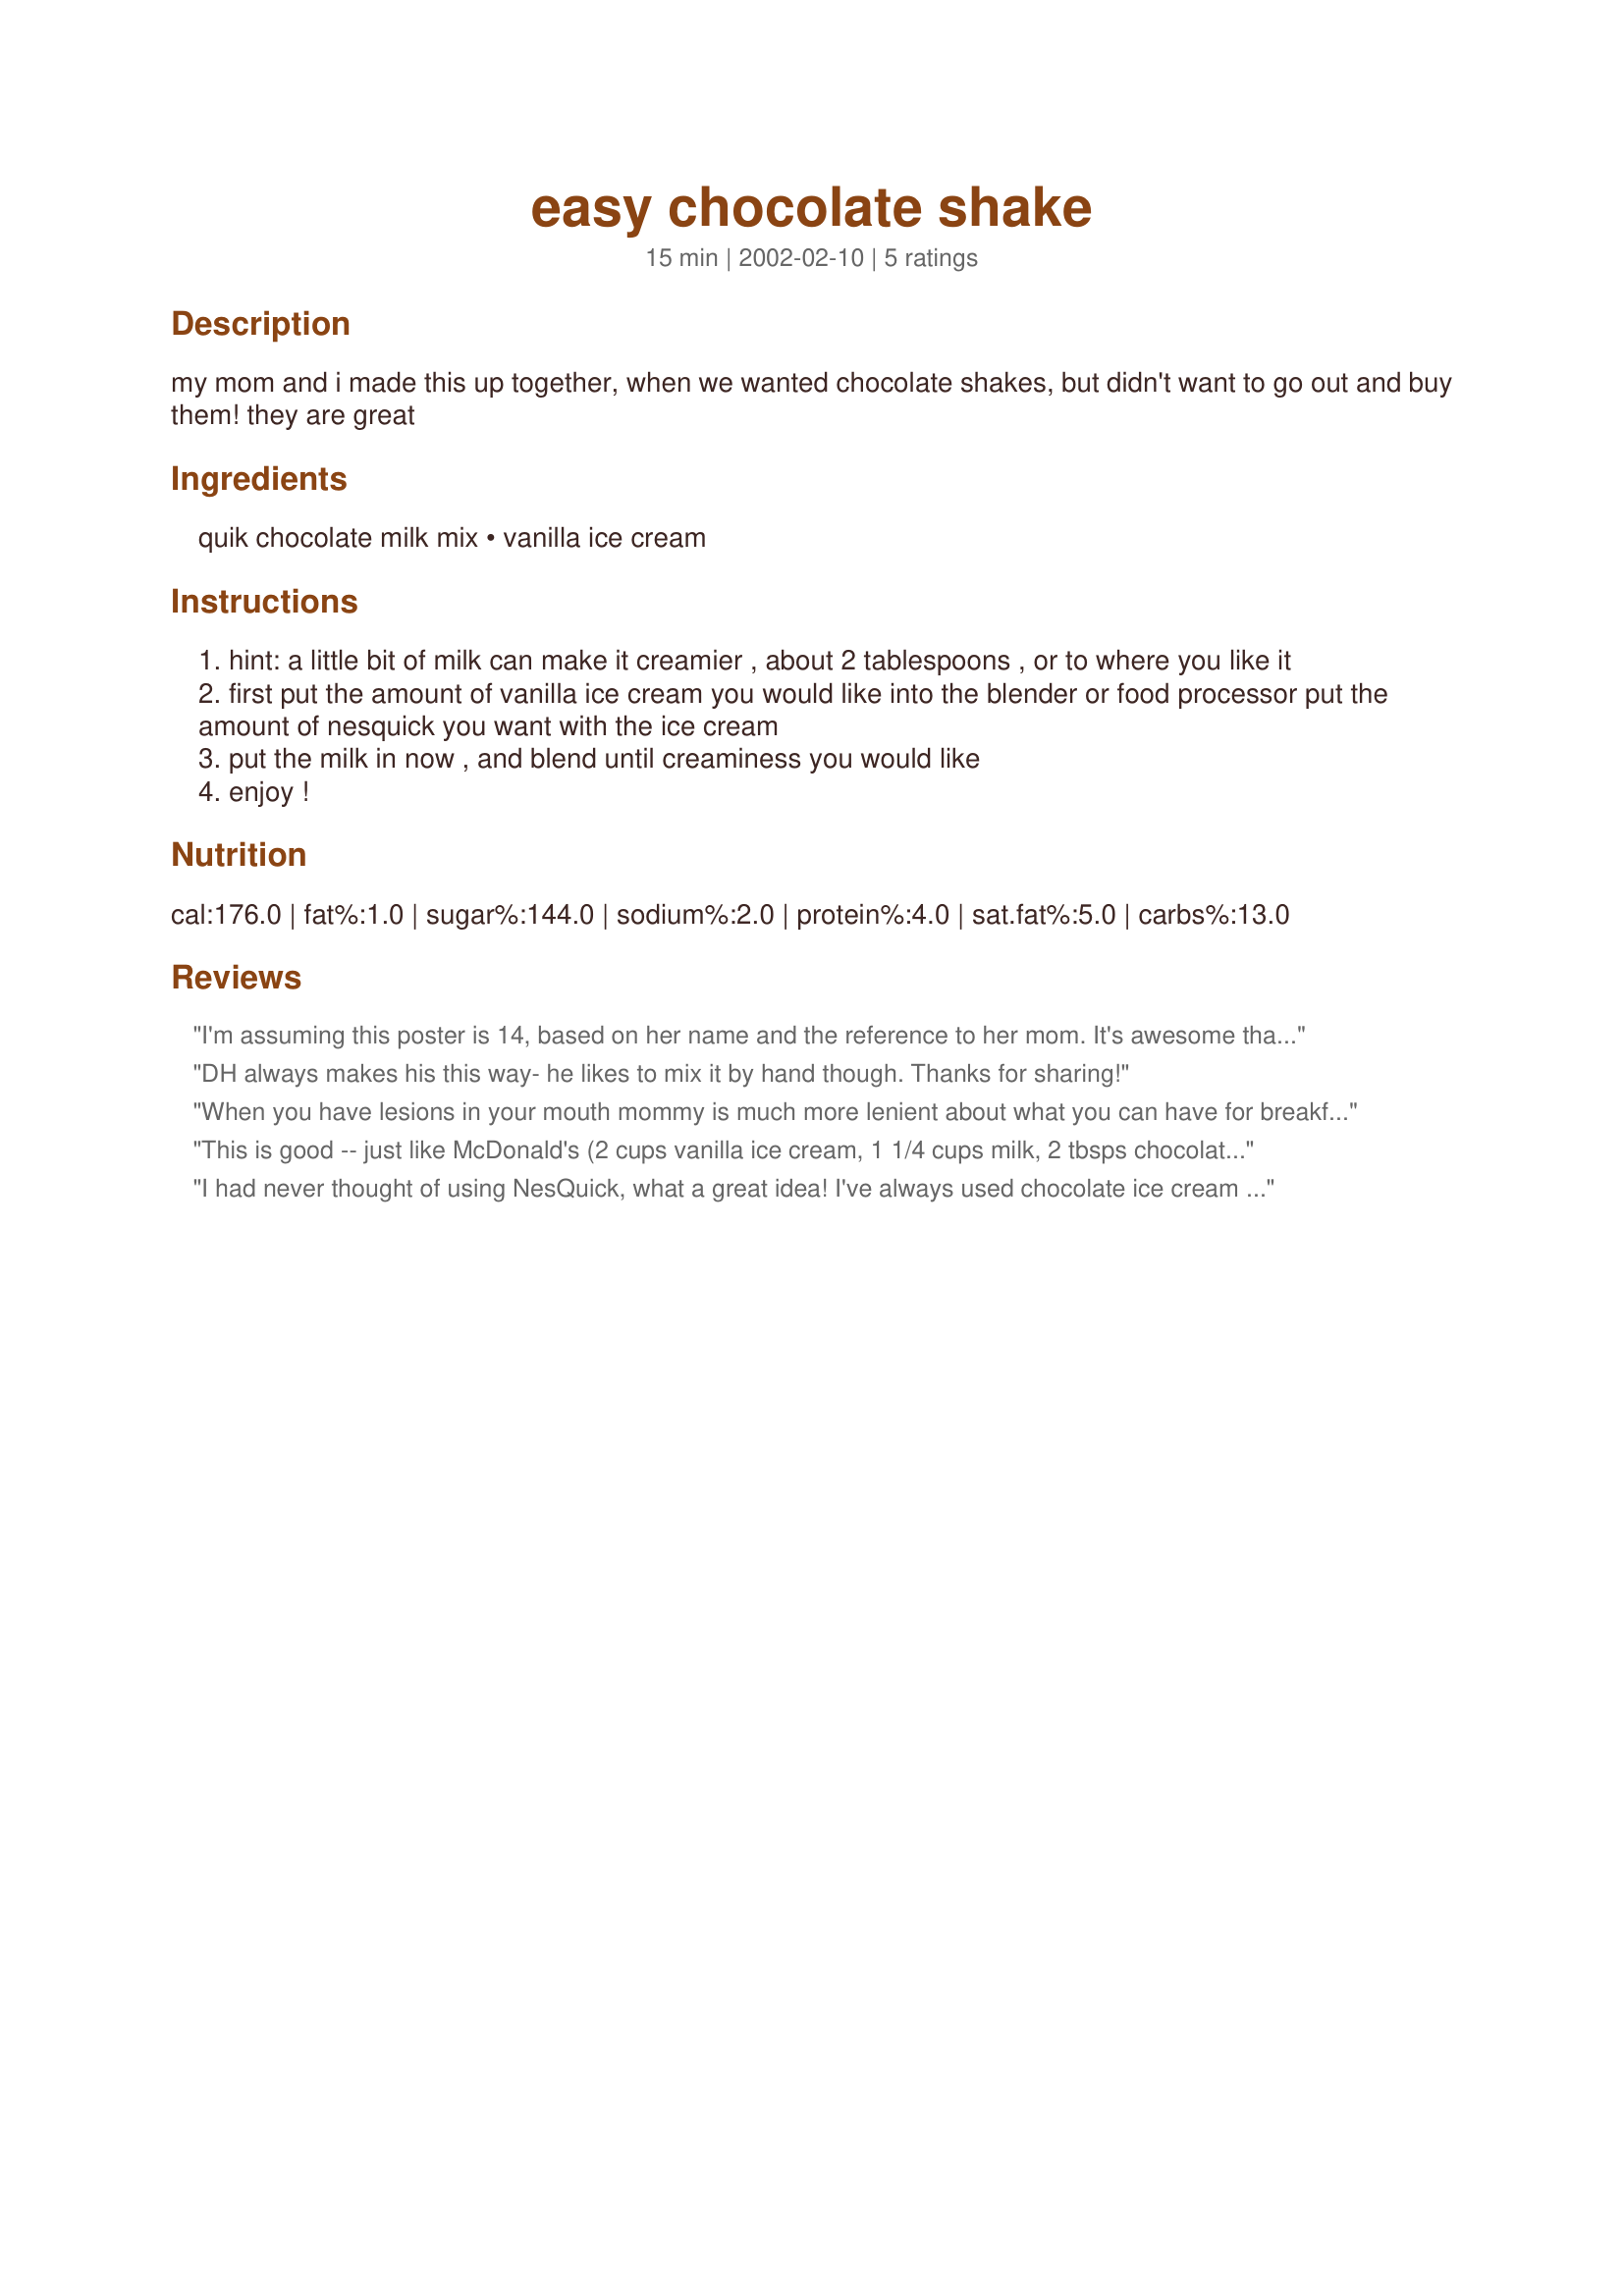
easy chocolate shake
Preparation time: 15 minutes

my mom and i made this up together, when we wanted chocolate shakes, but didn't want to go out and buy them! they are great

Ingredients:
quik chocolate milk mix, vanilla ice cream

Steps:
hint: a little bit of milk can make it creamier , about 2 tablespoons , or to where you like it
first put the amount of vanilla ice cream you would like into the blender or food processor put the amount of nesquick you want with the ice cream
put the milk in now , and blend until creaminess you would like
enjoy !

Reviews:
I'm assuming this poster is 14, based on her name and the reference to her mom. It's awesome that you are making stuff with your mom and also awesome that you have enough interest in cooking to participate in this web site. Regarding the person who gave your recipe two stars - I'd disregard any rating by someone not courteous enough to tell you why they thought it was two stars instead of 5. How can a chocolate shake be anything but a 5?
DH always makes his this way- he likes to mix it by hand though. Thanks for sharing!
When you have lesions in your mouth mommy is much more lenient about what you can have for breakfast! The kids (3 & 5) loved this. Thanks for an easy one!
This is good -- just like McDonald's (2 cups vanilla ice cream, 1 1/4 cups milk, 2 tbsps chocolate Nesquick). Works for me!
I had never thought of using NesQuick, what a great idea! 
I've always used chocolate ice cream and milk, but this makes it so much tastier. And you're right, some extra milk makes it nice and creamy!
